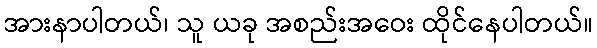
အားနာပါတယ်၊ သူ ယခု အစည်းအဝေး ထိုင်နေပါတယ်။